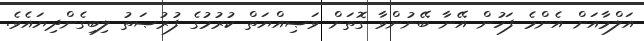
އަލްމާއަށް އެންމެ ފަހުން އޭނާ ބޭނުންވާ ގޮތަށް ވަޞިއްޔަތް ކުރުމުގެ ފުރުޞަތު ލިބިގެންދިޔައެވެ.